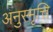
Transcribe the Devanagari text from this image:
अनुस्मृत्ति